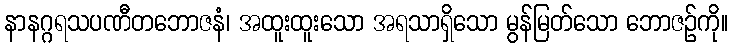
နာနဂ္ဂရသပဏီတဘောဇနံ၊ အထူးထူးသော အရသာရှိသော မွန်မြတ်သော ဘောဇဉ်ကို။